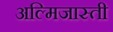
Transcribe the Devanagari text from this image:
अल्मिजास्ती